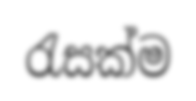
රැසක්ම